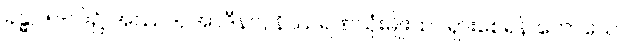
ခန္ဓာ ၅-ပါး၌ အဿဒ, အာဒီနဝ, နိဿရဏသုံးမျိုးထင်ရှားစေရန် ဟောသော